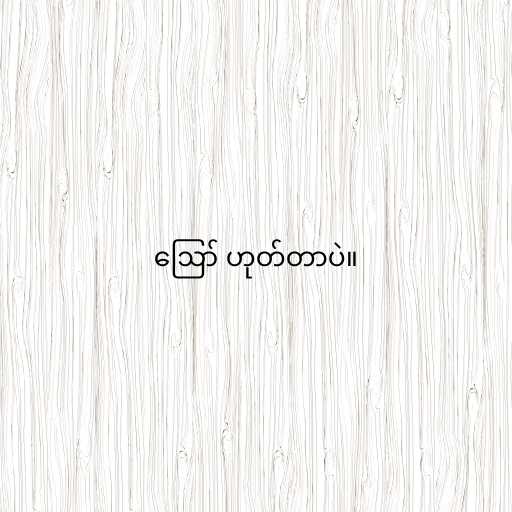
ဪ ဟုတ်တာပဲ။